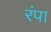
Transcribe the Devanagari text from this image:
रंपा